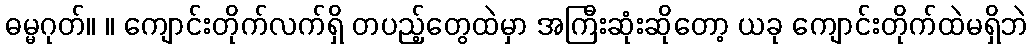
ဓမ္မဂုတ်။ ။ ကျောင်းတိုက်လက်ရှိ တပည့်တွေထဲမှာ အကြီးဆုံးဆိုတော့ ယခု ကျောင်းတိုက်ထဲမရှိဘဲ